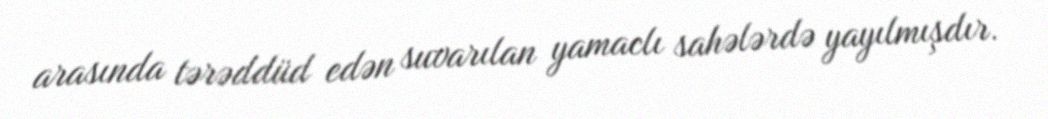
arasında tərəddüd edən suvarılan yamaclı sahələrdə yayılmışdır.